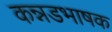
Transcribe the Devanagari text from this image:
कन्नडभाषक